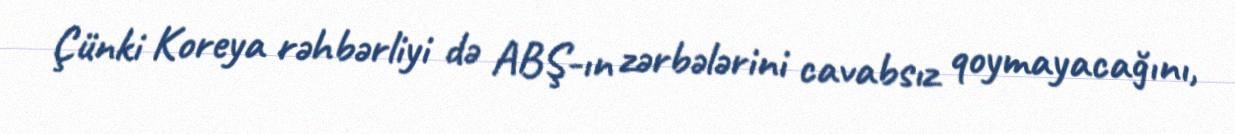
Çünki Koreya rəhbərliyi də ABŞ-ın zərbələrini cavabsız qoymayacağını,